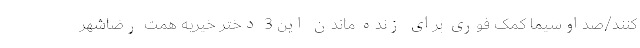
کنند/صداوسیما کمک فوری برای زنده ماندن این 3 دختر خیریه همت رضاشهر